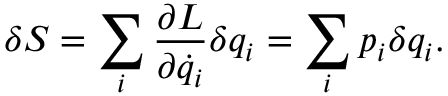
\delta S = \sum _ { i } { \frac { \partial L } { \partial { \dot { q } } _ { i } } } \delta q _ { i } = \sum _ { i } p _ { i } \delta q _ { i } .